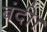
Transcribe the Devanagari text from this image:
बंदी।